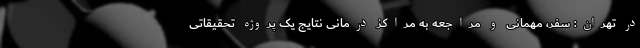
در تهران: سفر، مهمانی و مراجعه به مراکز درمانی نتایج یک پروژه تحقیقاتی